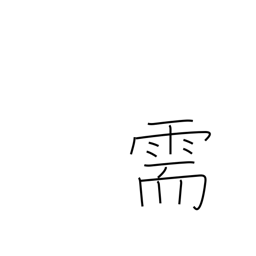
Meaning: request